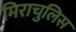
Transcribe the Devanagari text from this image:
मिराचुलिस